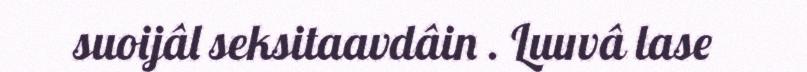
suoijâl seksitaavdâin . Luuvâ lase